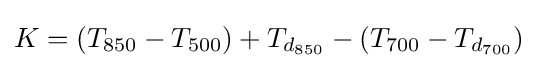
K=(T_{850}-T_{500})+T_{d_{850}}-(T_{700}-T_{d_{700}})